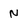
Character: N